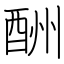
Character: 酬